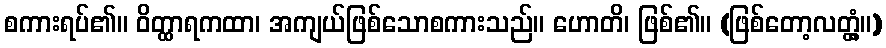
စကားရပ်၏။ ဝိတ္ထာရကထာ၊ အကျယ်ဖြစ်သောစကားသည်။ ဟောတိ၊ ဖြစ်၏။ (ဖြစ်တော့လတ္တံ့။)